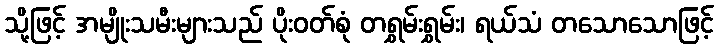
သို့ဖြင့် အမျိုးသမီးများသည် ပိုးဝတ်စုံ တရွှမ်းရွှမ်း၊ ရယ်သံ တသောသောဖြင့်